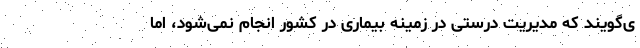
ی‌گویند که مدیریت درستی در زمینه بیماری در کشور انجام نمی‌شود، اما